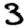
Digit: 3